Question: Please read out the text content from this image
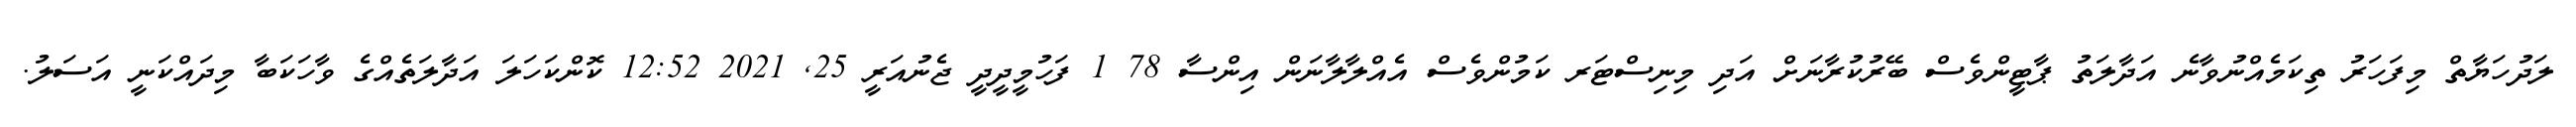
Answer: ލަދުހަޔާތް މިފަހަރު ތިކަމެއްނުވާނެ އަދާލަތު ޕާޓީންވެސް ބޭރުކުރާނަށް އަދި މިނިސްޓަރ ކަމުންވެސް އެއްލާލާނަން އިންސާ 78 1 ފަހުމީދީދީ ޖެނުއަރީ 25, 2021 12:52 ކޮންކަހަލަ އަދާލަތެއްގެ ވާހަކަބާ މިދައްކަނީ އަސަލު.